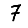
Digit: 7